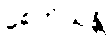
စေတိယန္တိ